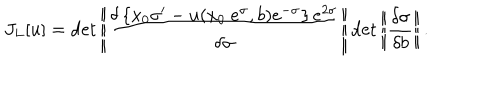
LaTeX: J _ { L } [ u ] = \det \left| \! \left| \frac { \delta \left\{ x _ { 0 } \sigma ^ { \prime } - u ( x _ { 0 } ~ e ^ { \sigma } , b ) e ^ { - \sigma } \right\} e ^ { 2 \sigma } } { \delta \sigma } \right| \! \right| \det \left| \! \left| \frac { \delta \sigma } { \delta b } \right| \! \right| .